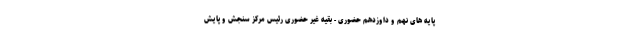
پایه های نهم و داوزدهم حضوری - بقیه غیر حضوری رئیس مرکز سنجش و پایش